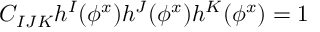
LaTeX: C _ { I J K } h ^ { I } ( \phi ^ { x } ) h ^ { J } ( \phi ^ { x } ) h ^ { K } ( \phi ^ { x } ) = 1